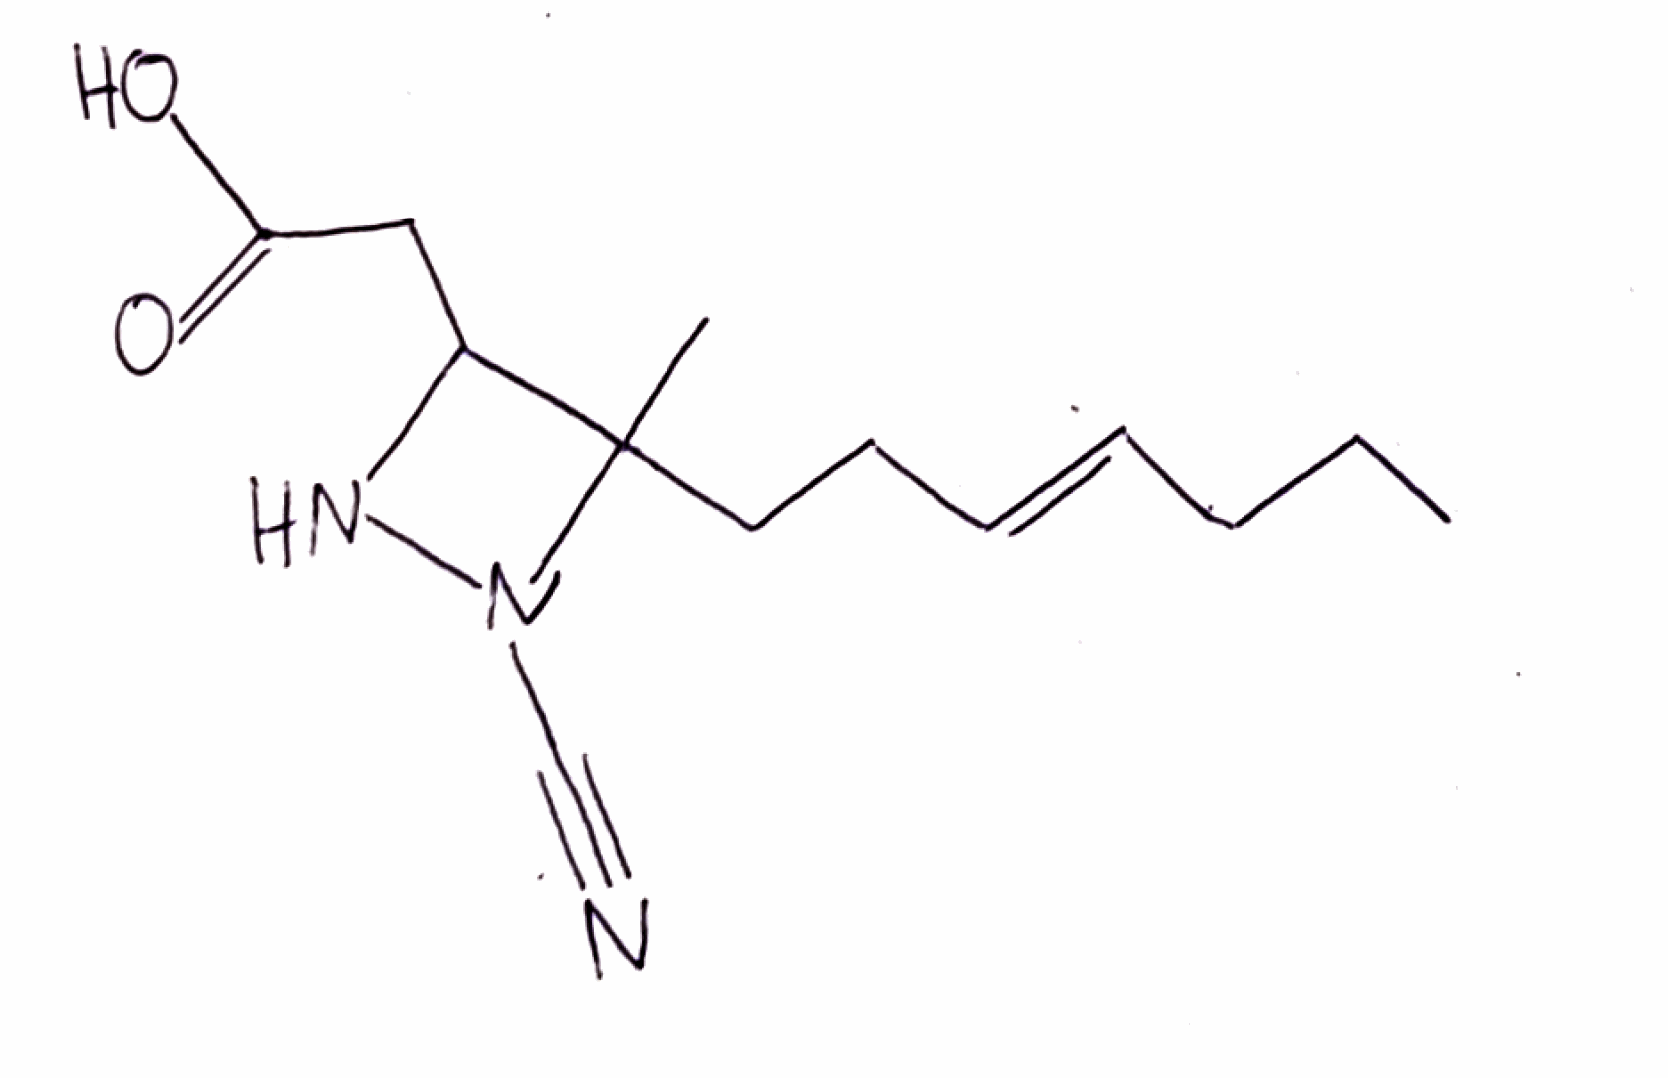
Simplified molecular-input line-entry system (SMILES) notation of the given molecule:
CCC/C=C/CCC1(C(NN1C#N)CC(=O)O)C